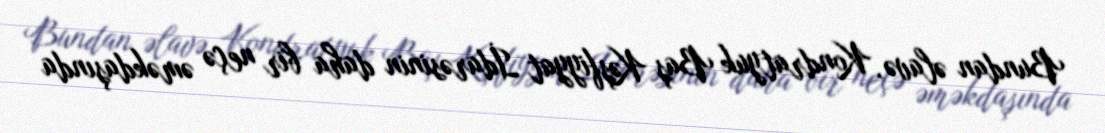
Bundan əlavə, Kondratyuk Baş Kəşfiyyat İdarəsinin daha bir neçə əməkdaşında